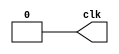
module clock(clk);
	parameter delay = 800;
	output reg clk;
	always begin
		clk = 1'b1;
		#delay clk = 1'b0;
		#delay;
	end
endmodule